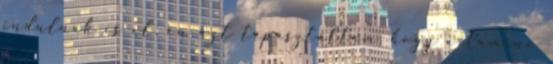
indulnak is el, én azt tapasztaltam, hogy a Camino